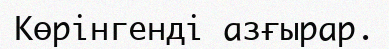
Көрінгенді азғырар.